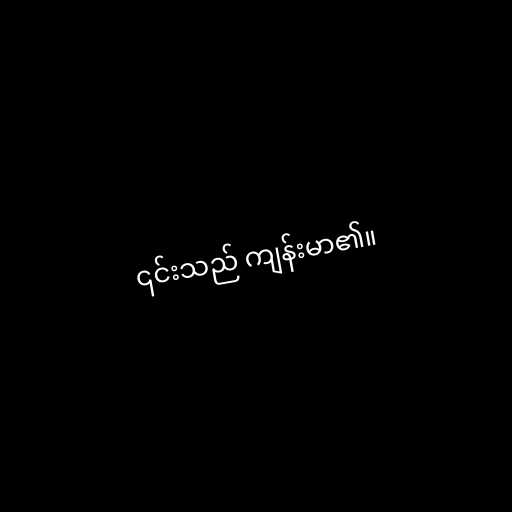
၎င်းသည် ကျန်းမာ၏။